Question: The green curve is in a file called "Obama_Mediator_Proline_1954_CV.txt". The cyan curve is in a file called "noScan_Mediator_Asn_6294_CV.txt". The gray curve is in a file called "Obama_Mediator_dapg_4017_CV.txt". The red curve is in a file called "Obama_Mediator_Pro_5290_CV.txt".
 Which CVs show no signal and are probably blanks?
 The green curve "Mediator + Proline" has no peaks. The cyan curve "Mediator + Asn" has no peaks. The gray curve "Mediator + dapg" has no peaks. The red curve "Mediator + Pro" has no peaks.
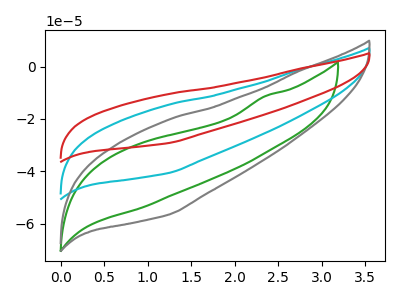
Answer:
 <answer>"Mediator + Proline", "Mediator + Asn", "Mediator + dapg" and "Mediator + Pro" are likely to be blanks.</answer>
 <eval>"Mediator + Proline", "Mediator + Asn", "Mediator + dapg", "Mediator + Pro"</eval>